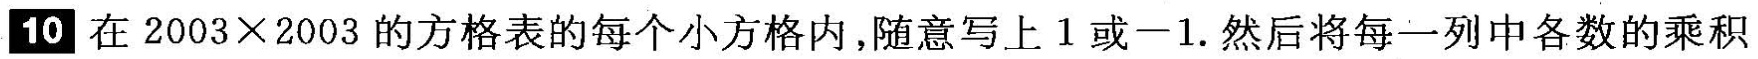
10在$$2 0 0 3 × 2 0 0 3$$的方格表的每个小方格内，随意写上1或-1.然后将每一列中各数的乘积